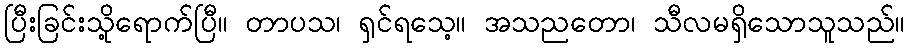
ပြီးခြင်းသို့ရောက်ပြီ။ တာပသ၊ ရှင်ရသေ့။ အသညတော၊ သီလမရှိသောသူသည်။